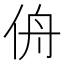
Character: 侜